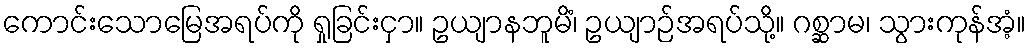
ကောင်းသောမြေအရပ်ကို ရှုခြင်းငှာ။ ဥယျာနဘူမိံ၊ ဥယျာဉ်အရပ်သို့။ ဂစ္ဆာမ၊ သွားကုန်အံ့။